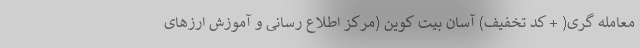
معامله گری( + کد تخفیف) آسان بیت کوین (مرکز اطلاع رسانی و آموزش ارزهای